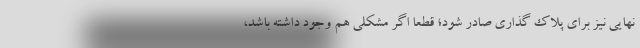
نهایی نیز برای پلاک گذاری صادر شود؛ قطعا اگر مشکلی هم وجود داشته باشد،